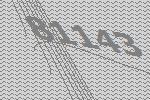
81143